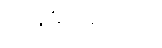
တုန်ခါနေသည်